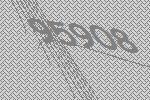
95908